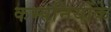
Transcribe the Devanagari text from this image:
कम्पनियोंके